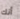
أنك